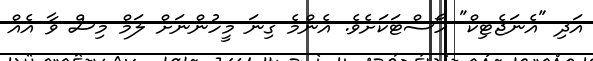
އަދި "އެނަޖެޓިކް" ހޯސްޓަކަށެވެ. އެންމެ ގިނަ މީހުންނަށް ލަމް މިސް ވާ އެއް